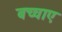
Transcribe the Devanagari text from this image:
बच्चाए